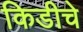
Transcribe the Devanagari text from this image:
किडीचे